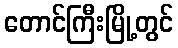
တောင်ကြီးမြို့တွင်